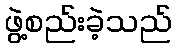
ဖွဲ့စည်းခဲ့သည်